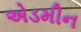
એડમીન